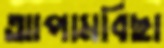
আপামবিছা